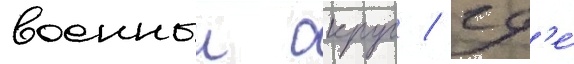
военныи округ / гд'е́